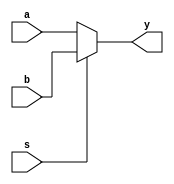
module mux(a,b,s,y);
input a,b,s;
output reg y;
	//assign y=s?a:b;

	always @(*)begin
	 if(s==0)begin
	   y=a;
	 end
	 else begin
	   y=b;
	 end
	end
endmodule